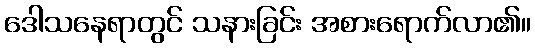
ဒေါသနေရာတွင် သနားခြင်း အစားရောက်လာ၏။